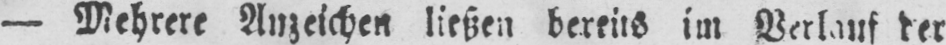
- Mehrere Anzeichen ließen bereits im Verlauf der